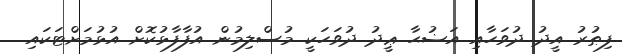
ފިޠުރު އީދު ދުވަހާއި އަޟުޙާ ޢީދު ދުވަހަކީ މުސްލިމުން އުފާފާޅުކޮށް އުޅުމަށްޓަކައި